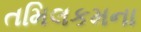
તમિલકમના